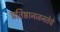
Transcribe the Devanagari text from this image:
प्रतिष्ठानजनतेचे